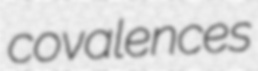
covalences